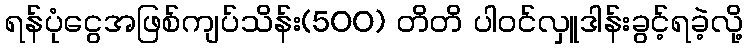
ရန်ပုံငွေအဖြစ်ကျပ်သိန်း(500) တိတိ ပါဝင်လှူဒါန်းခွင့်ရခဲ့လို့